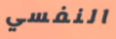
النفسي